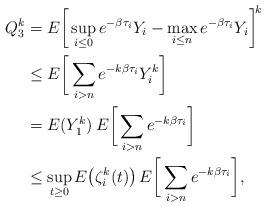
LaTeX: \begin{align*}Q_3^k &= E\bigg[\sup_{i\le 0}e^{-\beta \tau_i}Y_i-\max_{i\le n}e^{-\beta \tau_i}Y_i\bigg]^{\!k}\\&\le E\bigg[\sum_{i>n} e^{-k\beta\tau_i}Y_i^k\bigg]\\&=E(Y_1^k)\,E\bigg[\sum_{i>n} e^{-k\beta\tau_i}\bigg]\\&\le \sup_{t\ge 0}E\big(\zeta_i^k(t)\big)\,E\bigg[\sum_{i>n}e^{-k\beta \tau_i}\bigg],\end{align*}